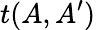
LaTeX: t(A,A^{\prime})